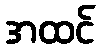
အထင်